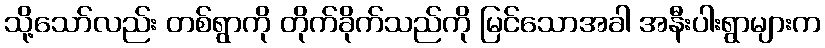
သို့သော်လည်း တစ်ရွာကို တိုက်ခိုက်သည်ကို မြင်သောအခါ အနီးပါးရွာများက